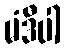
မံဒီပါ